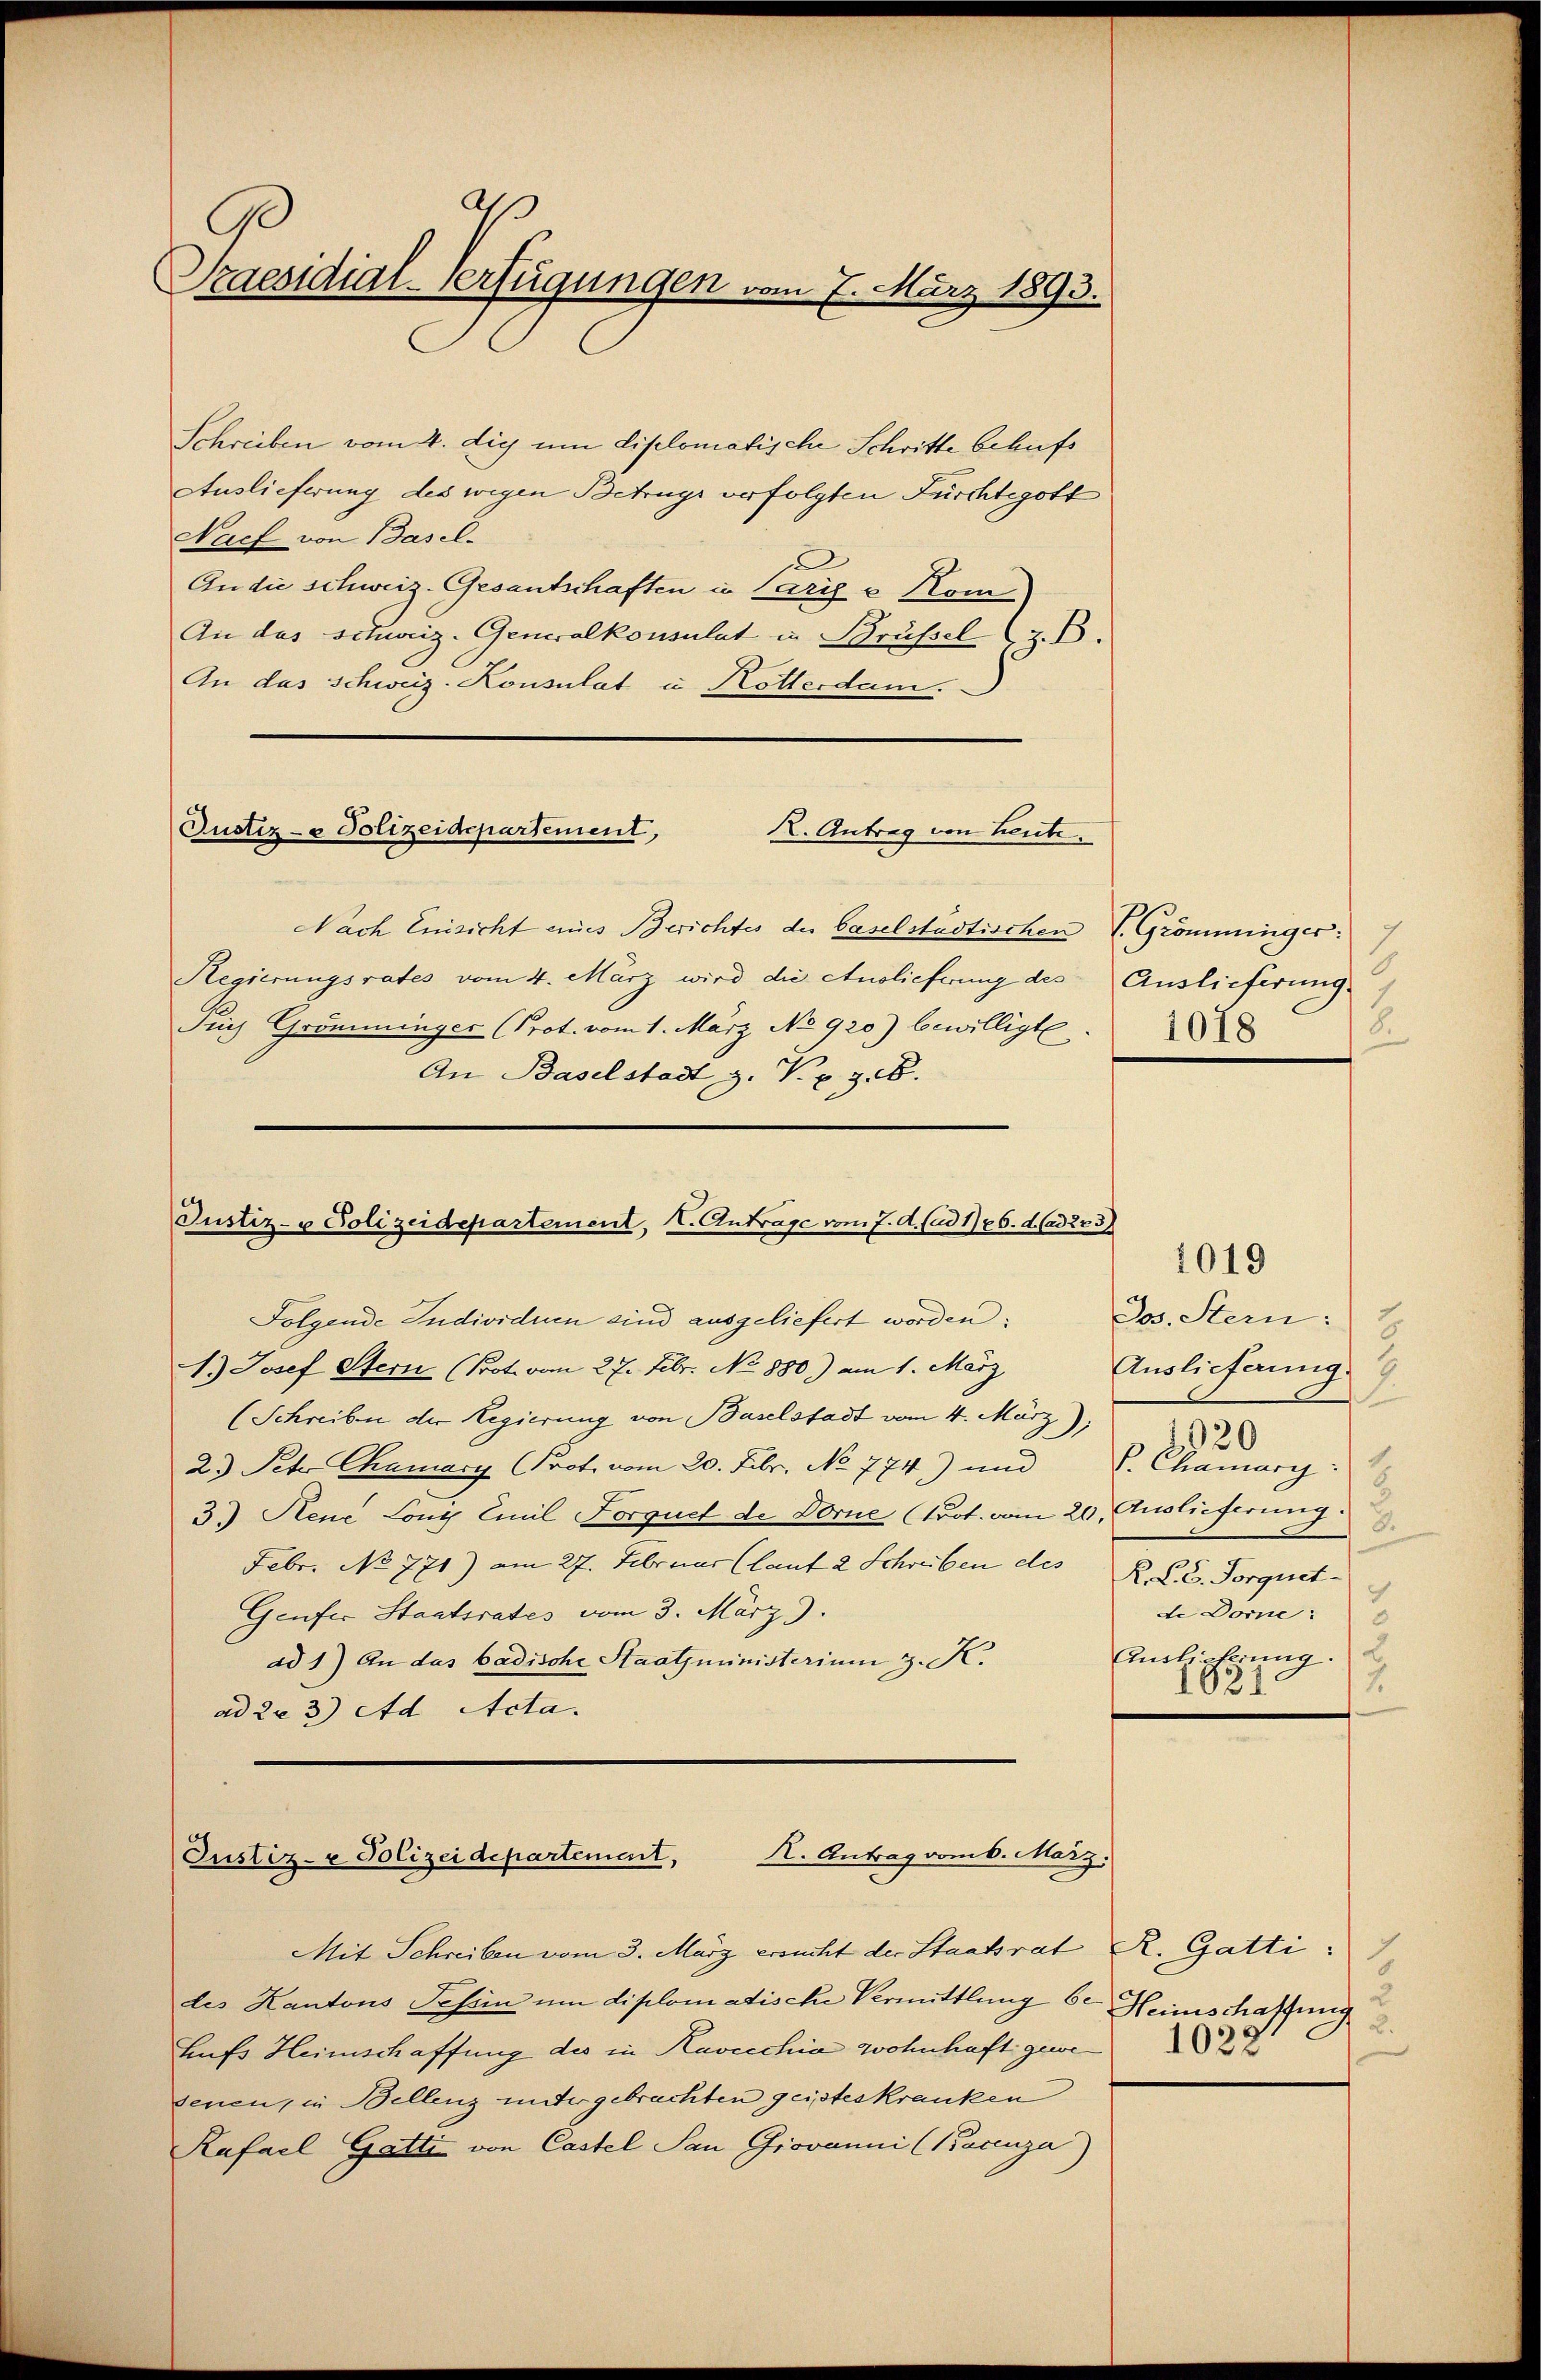
Praesidial-Verfügungen vom 7. März 1893.

Schreiben vom 4. die um diplomatische Schritte behufs
Auslieferung des wegen Betrugs verfolgten Furchtegott
Nach von Basel-
An die schweiz. Gesantschaften in Carige Kom
An das schweiz. Generalkonsulat in Brüssel (z. B.
An das Schweiz. Konsulat u. Rotterdam.
Justiz- & Polizeidepartement,
K. Antrag von Leute.
Nach Einsicht eines Berichtes des baselstädtischen V. Grömminger:
Regierungsrates vom 4. März wird die Auslieferung des
Puch Grömminger (Prot. vom 1. März No. 920) bewilligte
An Baselstadt z. V. p. 3. B.

Justiz- & Polizeidepartement, V. Anträge vom 7. d. lud 1786. d. ad 273

Folgende Individuen sind ausgeliefert worden:
1.) Josef Stern (Prot. vom 27. Febr. No 880) am 1. März
(Schreiben der Regierung von Baselstadt vom 4. März);
2. Sehr Chamary (Prot. vom 20. Febr. No 774) und
3.) Reue Lony Emil Forquet de Dorne (Prot. vom 20. Auslieferung.
Febr. No 771) am 27. Februar (laut 2 Schreiben des
Genfer Staatsrates vom 3. März).
ad 1) An das badische Staatsministerium 3. K.
ad 22 3) Ad Acta.

R. Antrag vom 6. März.
Oustiz- & Polizeidepartement,

Auslieferung.
2
1018

Mit Schreiben vom 3. März ersucht der Stadtrat R. Gatti
des Kantons Teßin um diplomatische Vermittlung 6. Heimschaffung
hufs Heimschaffung des in Kavecchia wohnhaft gewesenen, in Bellenz untergebrachten geisteskranken
Rafacl Gatti von Castel San Giovanni (Bacenza)

s. Stein:
Auslieferung
2920
P. Chamary:
.
R. P. C. Forquet
c
de Dome:
8
2
Auslicherung.
2.
1021.

1019

1022